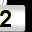
Digit: 2